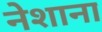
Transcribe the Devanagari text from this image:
नेशाना